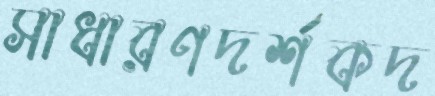
সাধারণদর্শকদ